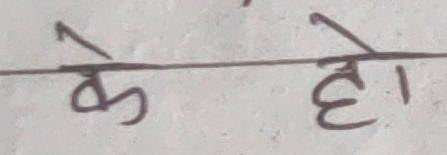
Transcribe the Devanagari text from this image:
के हो